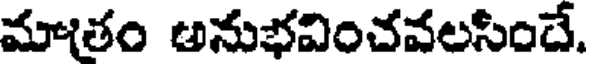
మాతం అనుభవించవలసిందే.